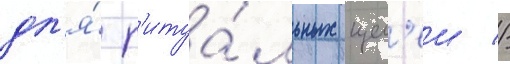
дл'я́ р'итуа́льных цел'еи //